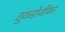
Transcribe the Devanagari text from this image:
तुकडोजीका